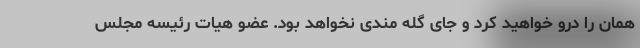
همان را درو خواهید کرد و جای گله مندی نخواهد بود. عضو هیات رئیسه مجلس